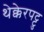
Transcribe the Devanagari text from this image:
थेक्केरपट्टु